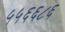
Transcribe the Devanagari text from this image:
५५६६८६